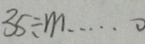
3 5 \div m \cdots 0